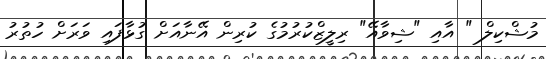
މުޝްކިލް " އާއި "ޝިވާއޭ" ރިލީޒްކުރުމުގެ ކުރިން އޭނާއަށް ގުޅާފައި ވަރަށް ހުތުރު